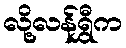
လို့လန်ရွှီက